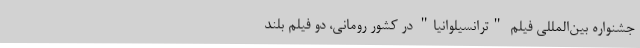
جشنواره بین‌المللی فیلم "ترانسیلوانیا" در کشور رومانی، دو فیلم بلند